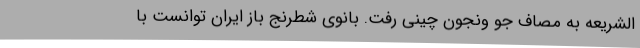
الشریعه به مصاف جو ونجون چینی رفت. بانوی شطرنج باز ایران توانست با